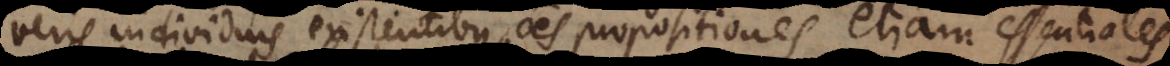
veris individuis existentibus omnes propositiones etiam essentiales